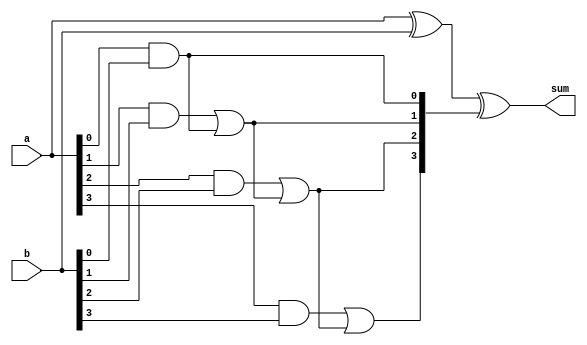
module brent_kung_adder(
    input wire [3:0] a,
    input wire [3:0] b,
    output reg [3:0] sum
);

reg [4:0] carry;

assign sum = a ^ b ^ carry[3:0];
assign carry[0] = a[0] & b[0];
assign carry[1] = (a[1] & b[1]) | (a[0] & b[0]);
assign carry[2] = (a[2] & b[2]) | ((a[1] & b[1]) | (a[0] & b[0]));
assign carry[3] = (a[3] & b[3]) | ((a[2] & b[2]) | ((a[1] & b[1]) | (a[0] & b[0])));

endmodule